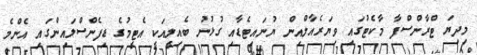
މިދިޔަ ޓްރާންސްފާ މާކެޓުގައި ވިޔަރެއާލްއިން ޔުނައިޓެޑާއި ގުޅުނު ބެއިލީއަކީ އެޓީމުގެ ޑިފެންސްލައިންގައި އެންމެ